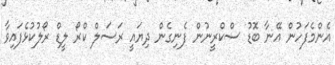
އެންމެފަހުން އޭނާ ބޮޑު ސްކްރީނުން ފެނިގެން ދިޔައީ ރަސަލް ކްރޯ ލީޑް ރޯލުކުޅެފައިވާ